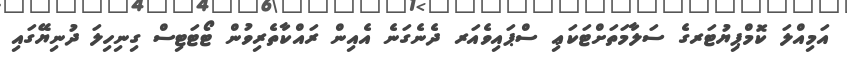
އަމިއްލަ ކޮމްޕިޔުޓަރގެ ސަލާމަތަށްޓަކަޢި ސްޕައިވެއަރ ދެނެގަނެ އެއިން ރައްކާތެރިވުން ޓޯޓަޓިސް ގިނިހިލަ ދުނިޔޭގައި